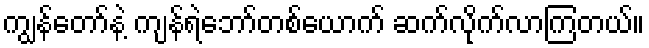
ကျွန်တော်နဲ့ ကျန်ရဲဘော်တစ်ယောက် ဆက်လိုက်လာကြတယ်။